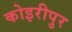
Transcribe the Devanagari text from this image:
कोइरीपुर